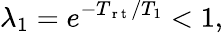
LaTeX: \lambda_{1}=e^{-T_{\mathrm{~r~t~}}/T_{1}}<1,